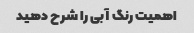
اهمیت رنگ آبی را شرح دهید